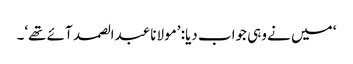
‘ میں نے وہی جواب دیا: ’مولانا عبدالصمد آئے تھے‘۔